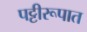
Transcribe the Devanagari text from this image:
पट्टीरूपात